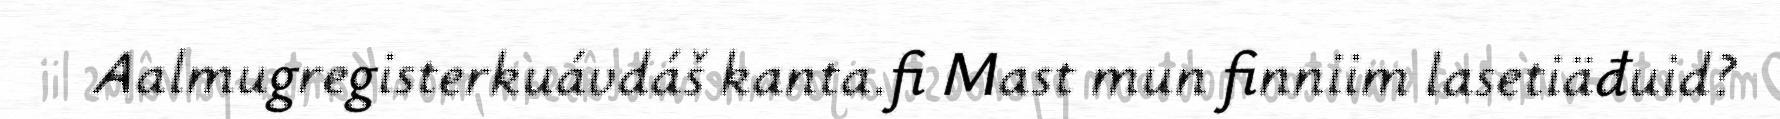
Aalmugregisterkuávdáš kanta.fi Mast mun finniim lasetiäđuid?